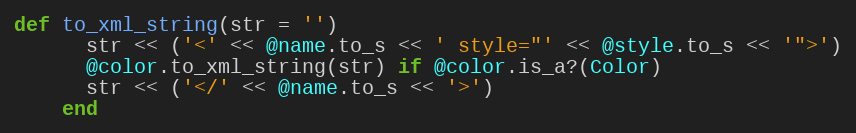
Language: Ruby
def to_xml_string(str = '')
      str << ('<' << @name.to_s << ' style="' << @style.to_s << '">')
      @color.to_xml_string(str) if @color.is_a?(Color)
      str << ('</' << @name.to_s << '>')
    end